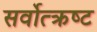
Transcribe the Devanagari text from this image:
सर्वोत्‍क्रष्‍ट